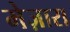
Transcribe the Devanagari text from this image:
मेज़ारा